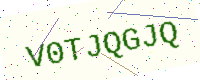
Text: V0TJQGJQ